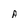
Character: A